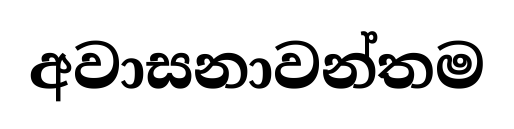
අවාසනාවන්තම